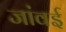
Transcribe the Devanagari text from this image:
जांवई